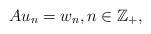
LaTeX: \begin{align*}A u_n = w_n,n\in\mathbb{Z}_+, \end{align*}